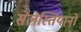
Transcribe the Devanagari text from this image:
सेलेस्तियानो